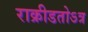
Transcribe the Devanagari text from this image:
राक्रीडतोऽत्र